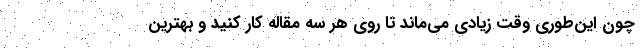
چون این‌طوری وقت زیادی می‌ماند تا روی هر سه مقاله کار کنید و بهترین